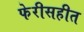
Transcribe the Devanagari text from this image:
फेरीसहीत